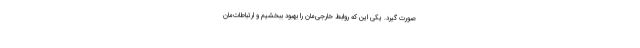
صورت گیرد. یکی این که روابط خارجی‌مان را بهبود ببخشیم و ارتباطات‌مان